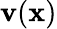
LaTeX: \mathbf{v}(\mathbf{x})